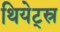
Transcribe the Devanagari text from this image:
थियेट्स्र